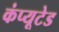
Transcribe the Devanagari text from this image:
कंप्यूटेड